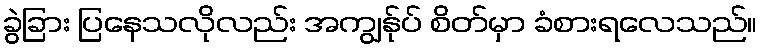
ခွဲခြား ပြနေသလိုလည်း အကျွန်ုပ် စိတ်မှာ ခံစားရလေသည်။